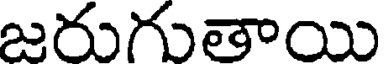
జరుగుతాయి